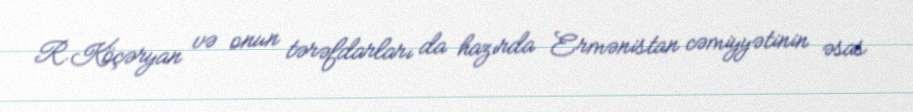
R.Köçəryan və onun tərəfdarları da hazırda Ermənistan cəmiyyətinin əsas